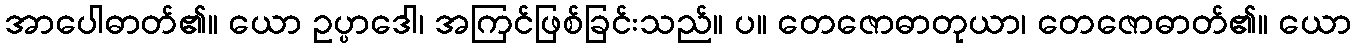
အာပေါဓာတ်၏။ ယော ဥပ္ပာဒေါ၊ အကြင်ဖြစ်ခြင်းသည်။ ပ။ တေဇောဓာတုယာ၊ တေဇောဓာတ်၏။ ယော